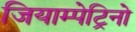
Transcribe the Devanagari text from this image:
जियाम्पेट्रिनो